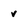
Character: v